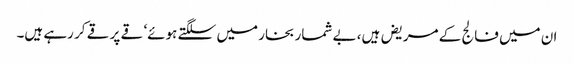
ان میں فالج کے مریض ہیں، بے شمار بخار میں سلگتے ہوئے‘ قے پر قے کر رہے ہیں۔